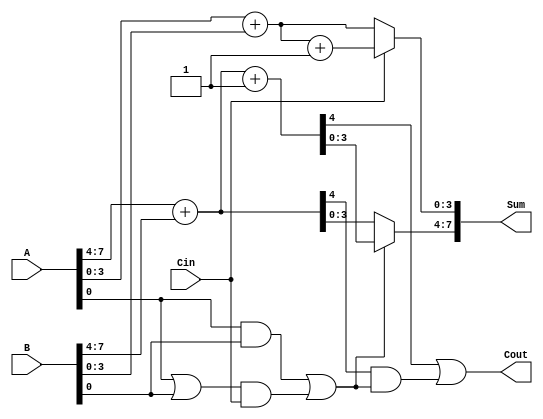
module CarrySelectAdder #(parameter N = 8, // Number of bits
                          parameter M = 4  // Segment size
                         ) (
    input [N-1:0] A,       // First operand
    input [N-1:0] B,       // Second operand
    input Cin,             // Carry input
    output [N-1:0] Sum,    // Sum output
    output Cout            // Carry output
);
    // Number of segments
    localparam SEGMENTS = N / M;

    // Intermediate signals
    wire [M-1:0] sum0 [0:SEGMENTS-1]; // Sums assuming Cin = 0
    wire [M-1:0] sum1 [0:SEGMENTS-1]; // Sums assuming Cin = 1
    wire carry0 [0:SEGMENTS-1];        // Carry out assuming Cin = 0
    wire carry1 [0:SEGMENTS-1];        // Carry out assuming Cin = 1
    wire [SEGMENTS-1:0] G, P;          // Generate and Propagate signals
    wire [SEGMENTS:0] C;                // Carry chain

    // Generate Carry Lookahead logic and compute sums for each segment
    genvar i;
    generate
        for (i = 0; i < SEGMENTS; i = i + 1) begin : segment
            // Indices for the segment
            wire [M-1:0] A_seg = A[(i*M) +: M];
            wire [M-1:0] B_seg = B[(i*M) +: M];

            // Generate and Propagate
            assign G[i] = A_seg & B_seg; // Generate
            assign P[i] = A_seg | B_seg; // Propagate

            // Carry out assuming Cin = 0
            assign {carry0[i], sum0[i]} = A_seg + B_seg;

            // Carry out assuming Cin = 1
            assign {carry1[i], sum1[i]} = A_seg + B_seg + 1'b1;

            // Calculate the carry chain
            if (i == 0) begin
                assign C[i] = Cin; // First segment uses Cin directly
            end else begin
                assign C[i] = G[i-1] | (P[i-1] & C[i-1]); // CLA logic
            end
        end
    endgenerate

    // MUX to select the correct sum based on previous carry
    generate
        for (i = 0; i < SEGMENTS; i = i + 1) begin : mux
            assign Sum[(i*M) +: M] = C[i] ? sum1[i] : sum0[i];
        end
    endgenerate

    // Final carry out
    assign Cout = carry1[SEGMENTS-1] | (carry0[SEGMENTS-1] & C[SEGMENTS-1]);

endmodule